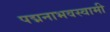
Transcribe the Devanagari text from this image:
पद्मनाभवस्वामी